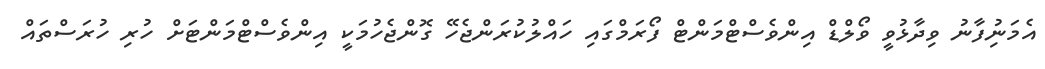
އެމަނިުފާނު ވިދާޅުވީ ވޯލްޑް އިންވެސްޓްމަންޓް ފޯރަމްގައި ހައްލުކުރަންޖެހޭ ގޮންޖެހުމަކީ އިންވެސްޓްމަންޓަށް ހުރި ހުރަސްތައް